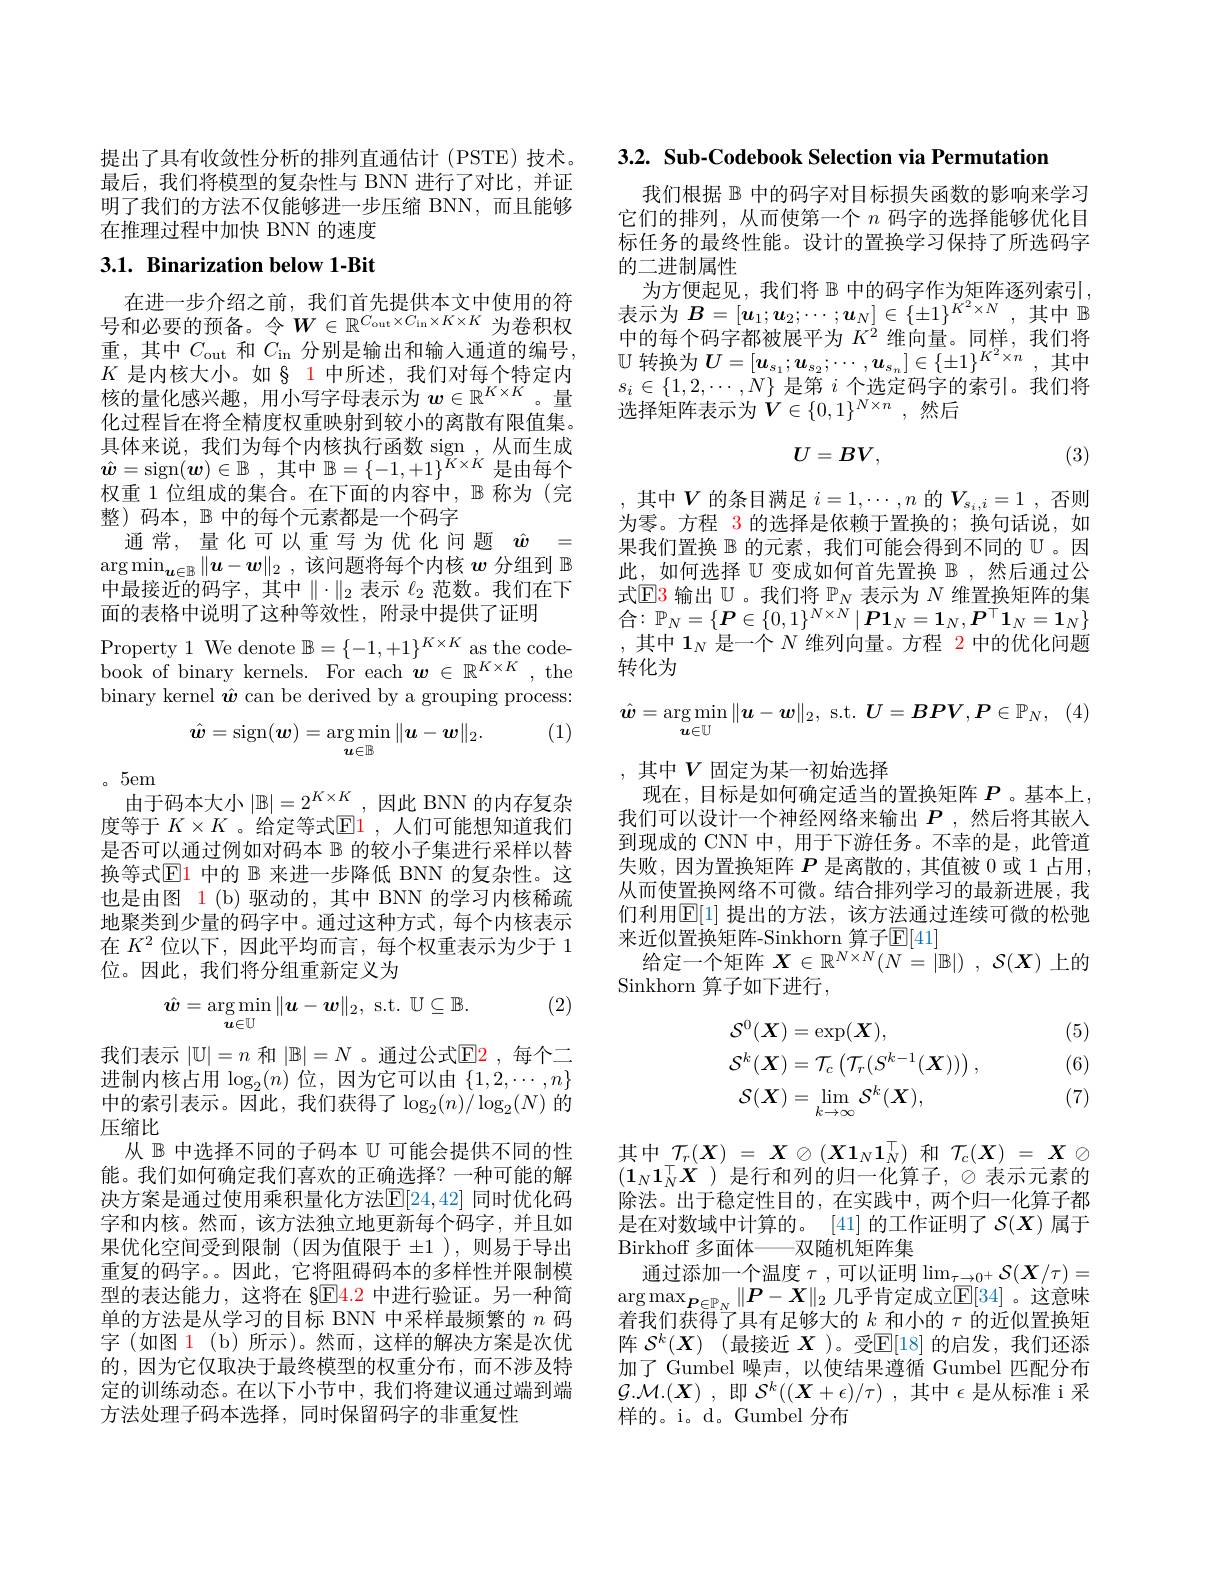
提出了具有收敛性分析的排列直通估计(PSTE)技术。最后，我们将模型的复杂性与 BNN 进行了对比，并证明了我们的方法不仅能够进一步压缩 BNN,而且能够在推理过程中加快 BNN 的速度

## 3.1. Binarization below 1-Bit

在进一步介绍之前，我们首先提供本文中使用的符号和必要的预备。令$W\in\mathbb{R}^C_{\mathrm{out}}\times C_{\mathrm{in}}\times K\times K$为卷积权重，其中$C_\mathrm{out}$ 和$C_\mathrm{in}$分别是输出和输入通道的编号， $\begin{array}{l}K&\text{是内核大小。如§ 1 中所述，我们对每个特定内}\\\text{核的量化感兴趣，用小写字母表示为 }\boldsymbol{w}\in\mathbb{R}^{K\times K}\text{。量}\end{array}$ 化过程旨在将全精度权重映射到较小的离散有限值集。具体来说，我们为每个内核执行函数 sign ,从而生成$\hat{\boldsymbol{w}}=$sign$(\boldsymbol{w})\in\mathbb{B}$ ,其中$\mathbb{B}=\{-1,+1\}^{K\times K}$是由每个权重 1位组成的集合。在下面的内容中，$\mathbb{B}$称为(完整) 码本，$\mathbb{B}$中的每个元素都是一个码字
通常，量化可以重写为优化问题$\hat{w}=$ $\arg\min_{\boldsymbol{u}\in\mathbb{B}}\|\boldsymbol{u}-\boldsymbol{w}\|_2$,该问题将每个内核$\boldsymbol w$分组到$\mathbb{B}$ 中最接近的码字，其中$\parallel\cdot\parallel_2$表示$\ell_{2}$范数。我们在下面的表格中说明了这种等效性，附录中提供了证明
Property 1 We denote $\mathbb{B}=\{-1,+1\}^{K\times K}$ as the codebook of binary kernels. For each $\boldsymbol w\in\mathbb{R}^{K\times K}$,the binary kernel $\hat{\boldsymbol{w}}$ can be derived by a grouping process:
(1)
$$\hat{\boldsymbol{w}}=\operatorname{sign}(\boldsymbol{w})=\arg\min_{\boldsymbol{u}\in\mathbb{B}}\|\boldsymbol{u}-\boldsymbol{w}\|_2.$$
。5em
由于码本大小$|\mathbb{B}|=2^{K\times K}$ ,因此 BNN 的内存复杂度等于 $K\times K$ 。给定等式$\color{red}{\operatorname*{E}}\color{red}{1}$, 人们可能想知道我们是否可以通过例如对码本$\mathbb{B}$的较小子集进行采样以替换等式$\boxed{\mathrm{E}}1$中的$\mathbb{B}$来进一步降低 BNN 的复杂性。这也是由图 1 (b) 驱动的，其中 BNN 的学习内核稀疏地聚类到少量的码字中。通过这种方式，每个内核表示在$K^2$位以下，因此平均而言，每个权重表示为少于 1位。因此，我们将分组重新定义为

(2)
$$\hat{\boldsymbol{w}}=\arg\min_{\boldsymbol{u}\in\mathbb{U}}\|\boldsymbol{u}-\boldsymbol{w}\|_{2},\:\mathrm{s.t.}\:\mathbb{U}\subseteq\mathbb{B}.$$
我们表示$|\mathbb{U}|=n$和$|\mathbb{B}|=N$ 。通过公式$\mathbb{E}$2,每个二进制内核占用$\log_2(n)$位，因为它可以由$\{1,2,\cdots,n\}$ 中的索引表示。因此，我们获得了$\log_2(n)/\log_2(N)$ 的压缩比
从$\mathbb{B}$中选择不同的子码本$\mathbb{U}$可能会提供不同的性能。我们如何确定我们喜欢的正确选择？一种可能的解决方案是通过使用乘积量化方法[E[24,42] 同时优化码字和内核。然而，该方法独立地更新每个码字，并且如果优化空间受到限制(因为值限于 ±1),则易于导出重复的码字。。因此，它将阻碍码本的多样性并限制模型的表达能力，这将在 §E$\color{red} 4. 2$中进行验证。另一种简单的方法是从学习的目标 BNN 中采样最频繁的$n$码字(如图 1(b)所示)。然而，这样的解决方案是次优的，因为它仅取决于最终模型的权重分布，而不涉及特定的训练动态。在以下小节中，我们将建议通过端到端方法处理子码本选择，同时保留码字的非重复性

3.2. Sub-Codebook Selection via Permutation

我们根据$\mathbb{B}$中的码字对目标损失函数的影响来学习它们的排列，从而使第一个$n$码字的选择能够优化目标任务的最终性能。设计的置换学习保持了所选码字的二进制属性
为方便起见，我们将 $\mathbb{B}$ 中的码字作为矩阵逐列索引， 表示为$B=[\boldsymbol{u}_1;\boldsymbol{u}_2;\cdots;\boldsymbol{u}_N]\in\{\pm1\}^{K^2\times N}$,其中$\mathbb{B}$ 中的每个码字都被展平为$K^2$维向量。同样，我们将$\mathbb{U}$转换为$U=[\boldsymbol u_{s_1};\boldsymbol u_{s_2};\cdots,\boldsymbol u_{s_n}]\in\{\pm1\}^{K^2\times n}$,其中$s_i\in\{1,2,\cdots,N\}$是第$i$个选定码字的索引。我们将选择矩阵表示为$\dot{V}\in\{0,1\}^{N\times n}$,然后
$$U=BV,$$
(3)

其中$V$的条目满足$i=1,\cdots,n$的$V_{s_i,i}=1$,否则为零。方程 3 的选择是依赖于置换的；换句话说，如果我们置换$\mathbb{B}$的元素，我们可能会得到不同的$\mathbb{U}$。因此，如何选择$\mathbb{U}$变成如何首先置换$\mathbb{B}$ ,然后通过公式 $\mathbb{E} 3$ 输 出 $\mathbb{U}$。我 们 将 $\mathbb{P} _N$ 表 示 为 $N$ 维 置 换 矩 阵 的 集 合 $: \mathbb{P} _N= \{ \boldsymbol{P}\in \{ 0, 1\} ^{N\times N}\mid \boldsymbol{P}\mathbf{1} _N= \mathbf{1} _N, \boldsymbol{P}^\top \mathbf{1} _N= \mathbf{1} _N\}$ ,其中$\mathbf{1}_N$是一个$N$维列向量。方程 2 中的优化问题转化为
$$\hat{\boldsymbol{w}}=\arg\min_{\boldsymbol{u}\in\mathbb{U}}\|\boldsymbol{u}-\boldsymbol{w}\|_{2},\:\mathrm{s.t.}\:\boldsymbol{U}=\boldsymbol{BPV},\boldsymbol{P}\in\mathbb{P}_{N},$$
,其中$V$固定为某一初始选择
现在，目标是如何确定适当的置换矩阵$P$ 。基本上， 我们可以设计一个神经网络来输出$P$,然后将其嵌入到现成的 CNN 中，用于下游任务。不幸的是，此管道失败，因为置换矩阵$P$是离散的，其值被 0 或 1 占用 , 从而使置换网络不可微。结合排列学习的最新进展，我们利用$\mathbb{E}[1]$ 提出的方法，该方法通过连续可微的松弛来近似置换矩阵-Sinkhorn 算子$\mathbb{E}[41]$
给定一个矩阵$X\in \mathbb{R} ^N\times N( N= | \mathbb{B} | )$ , $\mathcal{S} ( X)$上的
Sinkhorn 算子如下进行，

(5)

(6)
$$\begin{aligned}\mathcal{S}^{0}(\boldsymbol{X})&=\exp(\boldsymbol{X}),\\\mathcal{S}^{k}(\boldsymbol{X})&=\mathcal{T}_{c}\left(\mathcal{T}_{r}(S^{k-1}(\boldsymbol{X}))\right),\\\mathcal{S}(\boldsymbol{X})&=\operatorname*{lim}_{k\to\infty}\mathcal{S}^{k}(\boldsymbol{X}),\end{aligned}$$
(7)

其中$\mathcal{T}_r(X)=X\otimes(X\mathbf{1}_N\mathbf{1}_N^\top)$ 和 $\mathcal{T}_c(X)=X\otimes$ $(\mathbf{1}_N\mathbf{1}_N^\top\boldsymbol{X}$ )是行和列的归一化算子，$\otimes$表示元素的除法。出于稳定性目的，在实践中，两个归一化算子都是在对数域中计算的。[41]的工作证明了$\mathcal{S}(X)$属于Birkhoff 多面体——双随机矩阵集
通过添加一个温度$\tau$,可以证明$\lim_\tau\to0^+\mathcal{S}(\boldsymbol{X}/\tau)=$ $\arg\max_{\boldsymbol{P}\in\mathbb{P}_N}\|\boldsymbol{P}-\boldsymbol{X}\|_2$ 几乎肯定成立$\operatorname{E}[34]$。这意味着我们获得了具有足够大的$k$和小的$\tau$的近似置换矩阵 $\mathcal{S} ^k( \boldsymbol{X})$ (最接近 $\boldsymbol{X}$ )。受$\mathbb{E}[18]$ 的启发，我们还添加了 Gumbel 噪声，以使结果遵循 Gumbel 匹配分布$\mathcal{G} . \mathcal{M} . ( \boldsymbol{X})$ ,即$\mathcal{S} ^k( ( \boldsymbol{X}+ \epsilon ) / \tau )$ ,其中$\epsilon$是从标准 i 采样的。i。d。Gumbel 分布